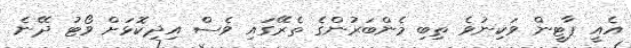
އެއީ ޕާޓީން ވަކިނުވެ ތިބި މެންބަރުންގެ ތެރޭގައި ވެސް އިދިކޮޅަށް ވޯޓު ދޭނެ